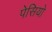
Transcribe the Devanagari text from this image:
पेसियो